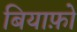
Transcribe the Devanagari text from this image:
बियाफ़ो